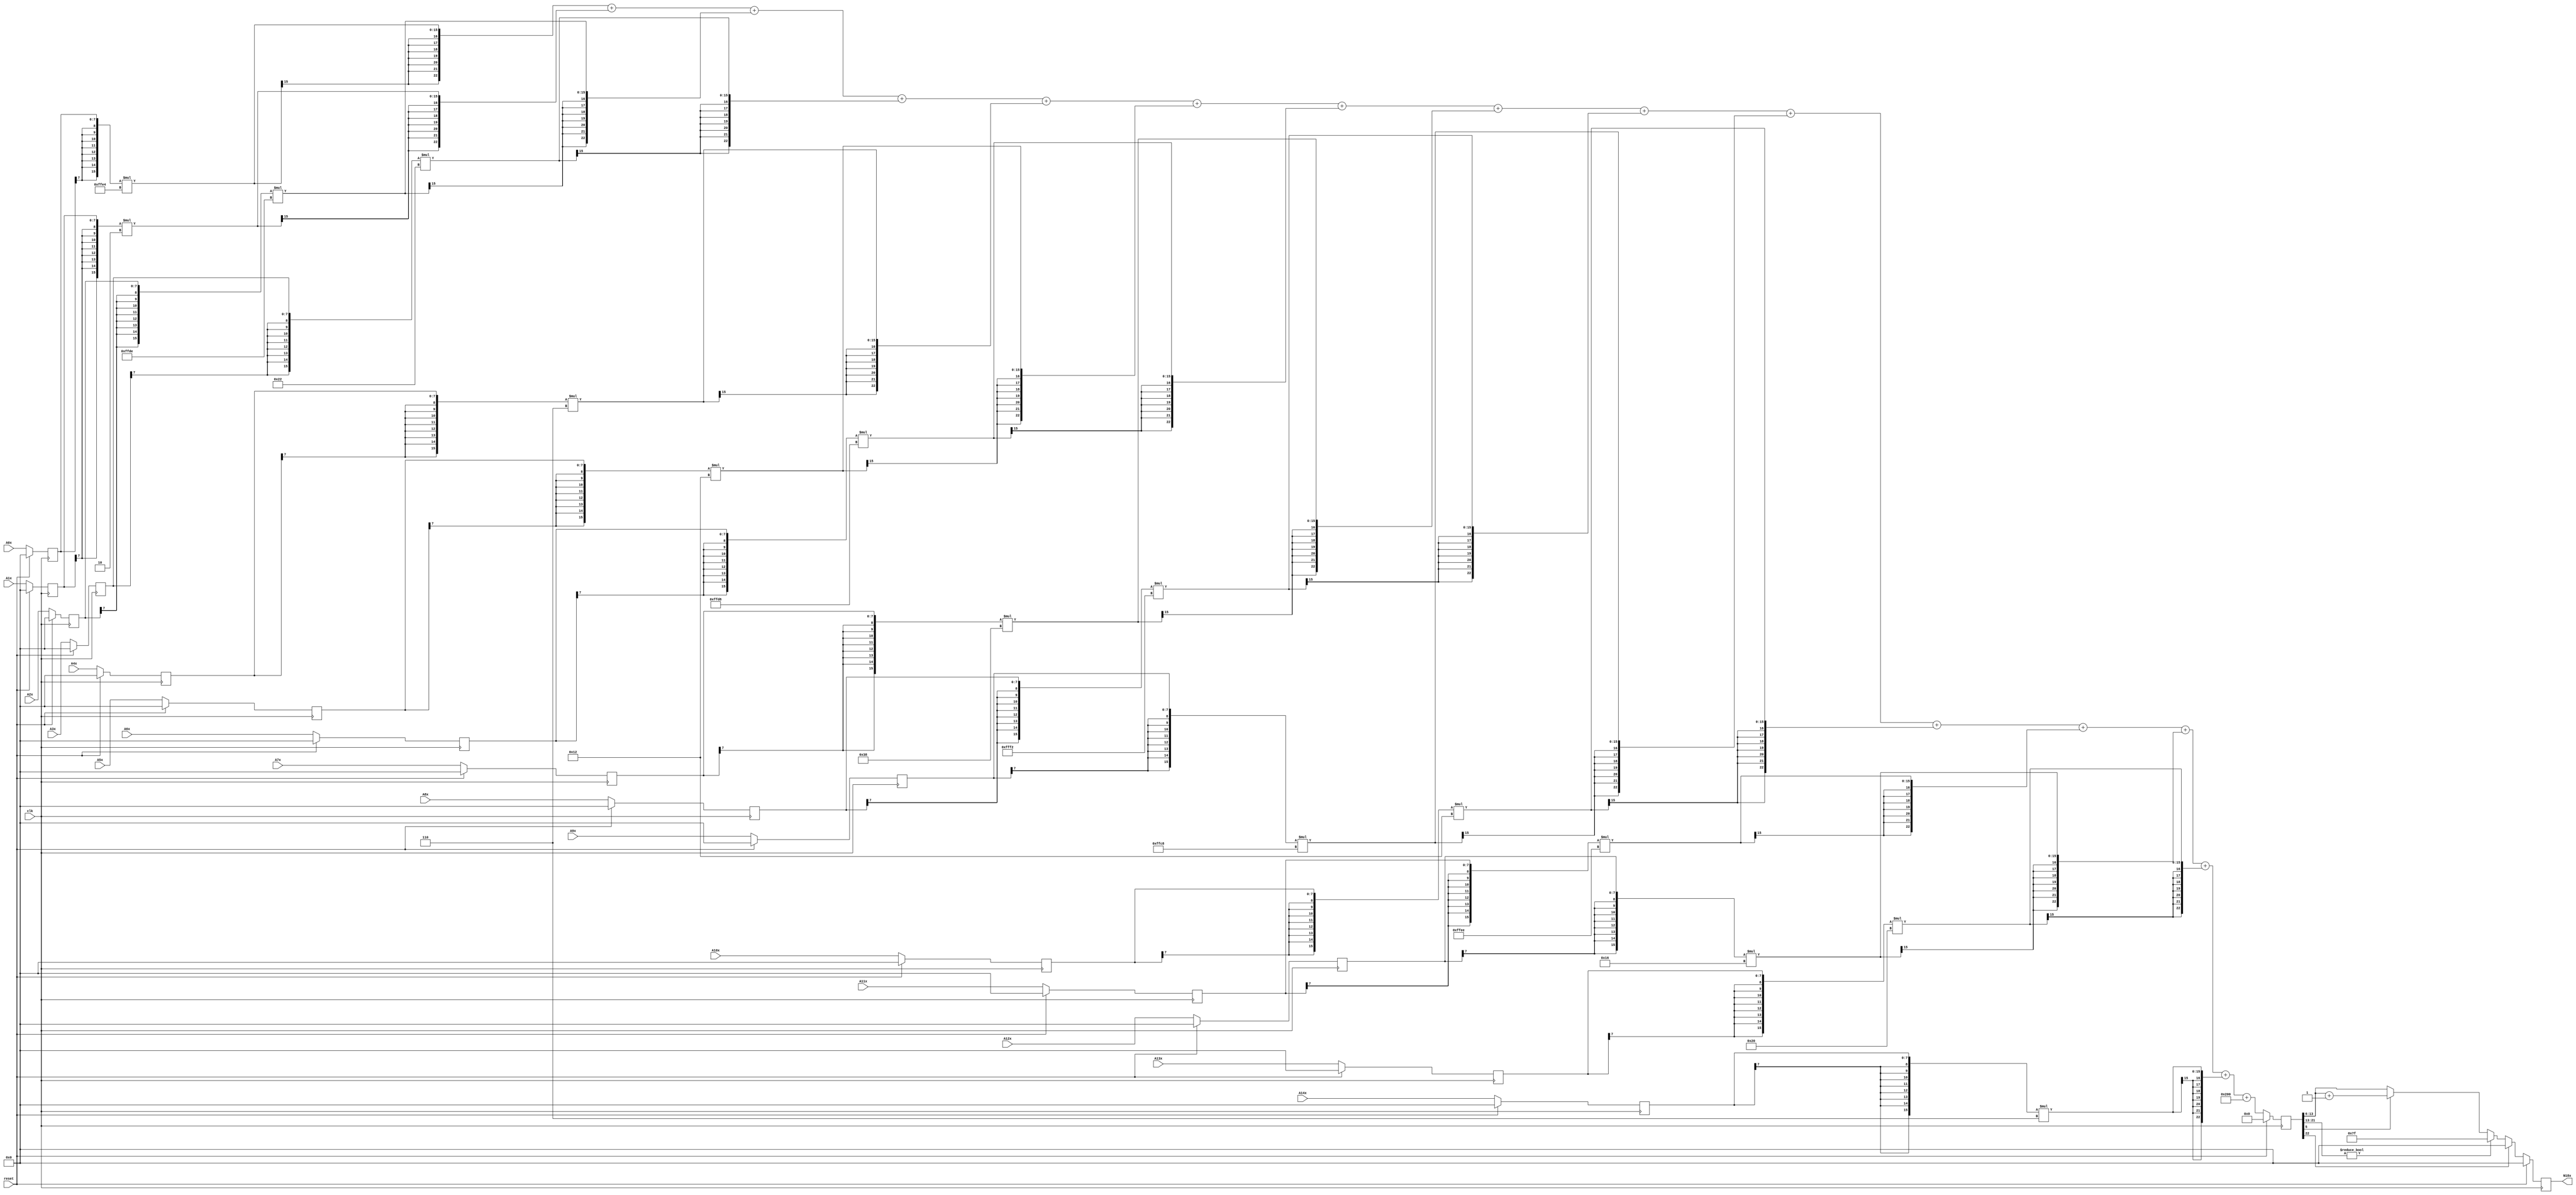
module node_4_18(clk,reset,N18x,A0x,A1x,A2x,A3x,A4x,A5x,A6x,A7x,A8x,A9x,A10x,A11x,A12x,A13x,A14x);
	input clk;
	input reset;
	input [7:0] A0x, A1x, A2x, A3x, A4x, A5x, A6x, A7x, A8x, A9x, A10x, A11x, A12x, A13x, A14x;
	reg [7:0] A0x_c, A1x_c, A2x_c, A3x_c, A4x_c, A5x_c, A6x_c, A7x_c, A8x_c, A9x_c, A10x_c, A11x_c, A12x_c, A13x_c, A14x_c;
	wire [15:0] sum0x, sum1x, sum2x, sum3x, sum4x, sum5x, sum6x, sum7x, sum8x, sum9x, sum10x, sum11x, sum12x, sum13x, sum14x;
	output reg [7:0] N18x;
	reg [22:0] sumout;

	parameter [7:0] W0x=-8'd28;
	parameter [7:0] W1x=8'd2;
	parameter [7:0] W2x=-8'd34;
	parameter [7:0] W3x=8'd34;
	parameter [7:0] W4x=8'd6;
	parameter [7:0] W5x=8'd18;
	parameter [7:0] W6x=-8'd40;
	parameter [7:0] W7x=8'd56;
	parameter [7:0] W8x=-8'd14;
	parameter [7:0] W9x=-8'd56;
	parameter [7:0] W10x=8'd18;
	parameter [7:0] W11x=-8'd18;
	parameter [7:0] W12x=8'd22;
	parameter [7:0] W13x=8'd32;
	parameter [7:0] W14x=8'd6;
	parameter [15:0] B0x=16'd512;


	assign sum0x = {A0x_c[7],A0x_c[7],A0x_c[7],A0x_c[7],A0x_c[7],A0x_c[7],A0x_c[7],A0x_c[7],A0x_c}*{W0x[7],W0x[7],W0x[7],W0x[7],W0x[7],W0x[7],W0x[7],W0x[7],W0x};
	assign sum1x = {A1x_c[7],A1x_c[7],A1x_c[7],A1x_c[7],A1x_c[7],A1x_c[7],A1x_c[7],A1x_c[7],A1x_c}*{W1x[7],W1x[7],W1x[7],W1x[7],W1x[7],W1x[7],W1x[7],W1x[7],W1x};
	assign sum2x = {A2x_c[7],A2x_c[7],A2x_c[7],A2x_c[7],A2x_c[7],A2x_c[7],A2x_c[7],A2x_c[7],A2x_c}*{W2x[7],W2x[7],W2x[7],W2x[7],W2x[7],W2x[7],W2x[7],W2x[7],W2x};
	assign sum3x = {A3x_c[7],A3x_c[7],A3x_c[7],A3x_c[7],A3x_c[7],A3x_c[7],A3x_c[7],A3x_c[7],A3x_c}*{W3x[7],W3x[7],W3x[7],W3x[7],W3x[7],W3x[7],W3x[7],W3x[7],W3x};
	assign sum4x = {A4x_c[7],A4x_c[7],A4x_c[7],A4x_c[7],A4x_c[7],A4x_c[7],A4x_c[7],A4x_c[7],A4x_c}*{W4x[7],W4x[7],W4x[7],W4x[7],W4x[7],W4x[7],W4x[7],W4x[7],W4x};
	assign sum5x = {A5x_c[7],A5x_c[7],A5x_c[7],A5x_c[7],A5x_c[7],A5x_c[7],A5x_c[7],A5x_c[7],A5x_c}*{W5x[7],W5x[7],W5x[7],W5x[7],W5x[7],W5x[7],W5x[7],W5x[7],W5x};
	assign sum6x = {A6x_c[7],A6x_c[7],A6x_c[7],A6x_c[7],A6x_c[7],A6x_c[7],A6x_c[7],A6x_c[7],A6x_c}*{W6x[7],W6x[7],W6x[7],W6x[7],W6x[7],W6x[7],W6x[7],W6x[7],W6x};
	assign sum7x = {A7x_c[7],A7x_c[7],A7x_c[7],A7x_c[7],A7x_c[7],A7x_c[7],A7x_c[7],A7x_c[7],A7x_c}*{W7x[7],W7x[7],W7x[7],W7x[7],W7x[7],W7x[7],W7x[7],W7x[7],W7x};
	assign sum8x = {A8x_c[7],A8x_c[7],A8x_c[7],A8x_c[7],A8x_c[7],A8x_c[7],A8x_c[7],A8x_c[7],A8x_c}*{W8x[7],W8x[7],W8x[7],W8x[7],W8x[7],W8x[7],W8x[7],W8x[7],W8x};
	assign sum9x = {A9x_c[7],A9x_c[7],A9x_c[7],A9x_c[7],A9x_c[7],A9x_c[7],A9x_c[7],A9x_c[7],A9x_c}*{W9x[7],W9x[7],W9x[7],W9x[7],W9x[7],W9x[7],W9x[7],W9x[7],W9x};
	assign sum10x = {A10x_c[7],A10x_c[7],A10x_c[7],A10x_c[7],A10x_c[7],A10x_c[7],A10x_c[7],A10x_c[7],A10x_c}*{W10x[7],W10x[7],W10x[7],W10x[7],W10x[7],W10x[7],W10x[7],W10x[7],W10x};
	assign sum11x = {A11x_c[7],A11x_c[7],A11x_c[7],A11x_c[7],A11x_c[7],A11x_c[7],A11x_c[7],A11x_c[7],A11x_c}*{W11x[7],W11x[7],W11x[7],W11x[7],W11x[7],W11x[7],W11x[7],W11x[7],W11x};
	assign sum12x = {A12x_c[7],A12x_c[7],A12x_c[7],A12x_c[7],A12x_c[7],A12x_c[7],A12x_c[7],A12x_c[7],A12x_c}*{W12x[7],W12x[7],W12x[7],W12x[7],W12x[7],W12x[7],W12x[7],W12x[7],W12x};
	assign sum13x = {A13x_c[7],A13x_c[7],A13x_c[7],A13x_c[7],A13x_c[7],A13x_c[7],A13x_c[7],A13x_c[7],A13x_c}*{W13x[7],W13x[7],W13x[7],W13x[7],W13x[7],W13x[7],W13x[7],W13x[7],W13x};
	assign sum14x = {A14x_c[7],A14x_c[7],A14x_c[7],A14x_c[7],A14x_c[7],A14x_c[7],A14x_c[7],A14x_c[7],A14x_c}*{W14x[7],W14x[7],W14x[7],W14x[7],W14x[7],W14x[7],W14x[7],W14x[7],W14x};

	always@(posedge clk) begin

		if(reset)
			begin
			N18x<=8'd0;
			sumout<=16'd0;
			A0x_c <= 8'd0;
			A1x_c <= 8'd0;
			A2x_c <= 8'd0;
			A3x_c <= 8'd0;
			A4x_c <= 8'd0;
			A5x_c <= 8'd0;
			A6x_c <= 8'd0;
			A7x_c <= 8'd0;
			A8x_c <= 8'd0;
			A9x_c <= 8'd0;
			A10x_c <= 8'd0;
			A11x_c <= 8'd0;
			A12x_c <= 8'd0;
			A13x_c <= 8'd0;
			A14x_c <= 8'd0;
			end
		else
			begin
			A0x_c <= A0x;
			A1x_c <= A1x;
			A2x_c <= A2x;
			A3x_c <= A3x;
			A4x_c <= A4x;
			A5x_c <= A5x;
			A6x_c <= A6x;
			A7x_c <= A7x;
			A8x_c <= A8x;
			A9x_c <= A9x;
			A10x_c <= A10x;
			A11x_c <= A11x;
			A12x_c <= A12x;
			A13x_c <= A13x;
			A14x_c <= A14x;
			sumout<={sum0x[15],sum0x[15],sum0x[15],sum0x[15],sum0x[15],sum0x[15],sum0x[15],sum0x}+{sum1x[15],sum1x[15],sum1x[15],sum1x[15],sum1x[15],sum1x[15],sum1x[15],sum1x}+{sum2x[15],sum2x[15],sum2x[15],sum2x[15],sum2x[15],sum2x[15],sum2x[15],sum2x}+{sum3x[15],sum3x[15],sum3x[15],sum3x[15],sum3x[15],sum3x[15],sum3x[15],sum3x}+{sum4x[15],sum4x[15],sum4x[15],sum4x[15],sum4x[15],sum4x[15],sum4x[15],sum4x}+{sum5x[15],sum5x[15],sum5x[15],sum5x[15],sum5x[15],sum5x[15],sum5x[15],sum5x}+{sum6x[15],sum6x[15],sum6x[15],sum6x[15],sum6x[15],sum6x[15],sum6x[15],sum6x}+{sum7x[15],sum7x[15],sum7x[15],sum7x[15],sum7x[15],sum7x[15],sum7x[15],sum7x}+{sum8x[15],sum8x[15],sum8x[15],sum8x[15],sum8x[15],sum8x[15],sum8x[15],sum8x}+{sum9x[15],sum9x[15],sum9x[15],sum9x[15],sum9x[15],sum9x[15],sum9x[15],sum9x}+{sum10x[15],sum10x[15],sum10x[15],sum10x[15],sum10x[15],sum10x[15],sum10x[15],sum10x}+{sum11x[15],sum11x[15],sum11x[15],sum11x[15],sum11x[15],sum11x[15],sum11x[15],sum11x}+{sum12x[15],sum12x[15],sum12x[15],sum12x[15],sum12x[15],sum12x[15],sum12x[15],sum12x}+{sum13x[15],sum13x[15],sum13x[15],sum13x[15],sum13x[15],sum13x[15],sum13x[15],sum13x}+{sum14x[15],sum14x[15],sum14x[15],sum14x[15],sum14x[15],sum14x[15],sum14x[15],sum14x}+{B0x[15],B0x[15],B0x[15],B0x[15],B0x[15],B0x[15],B0x[15],B0x};

			if(sumout[22]==0)
				begin
				if(sumout[21:13]!=9'b0)
					N18x<=8'd127;
				else
					begin
					if(sumout[5]==1)
						N18x<=sumout[13:6]+8'd1;
					else
						N18x<=sumout[13:6];
					end
				end
			else
				N18x<=8'd0;
			end
		end
endmodule